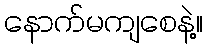
နောက်မကျစေနဲ့။